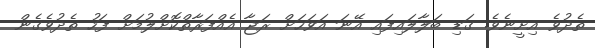
ތެދުވެ އިށީނެވެ. ގަޑި ބަލާލައިފައި އޭނަ އަވަހަށް ރަޖާ އެއްފަރާތްކޮށްލުމަށް ފަހު ތެދުވެގެން